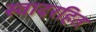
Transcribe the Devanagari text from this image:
स्वादरहित